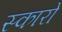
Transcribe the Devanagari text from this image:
स्कारो